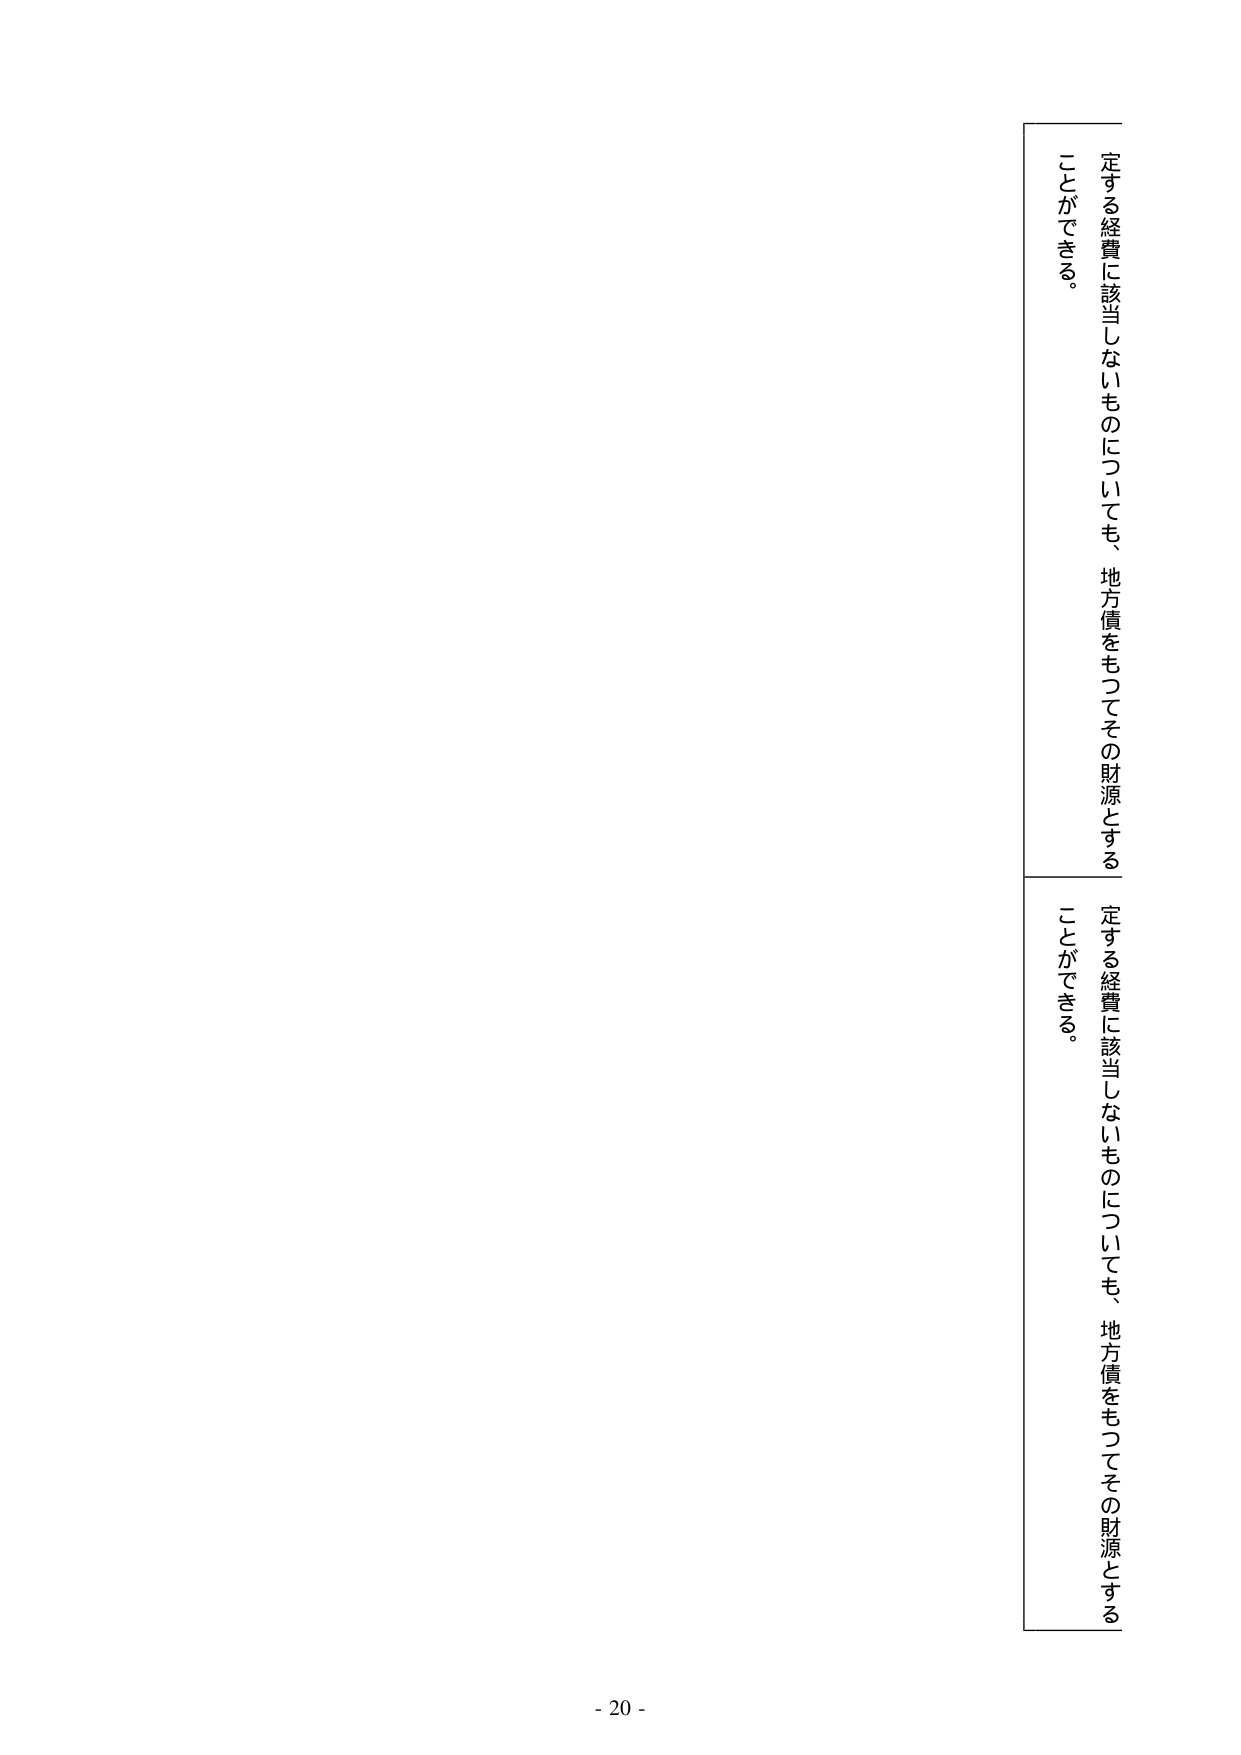
定する経費に該当しないものについても、地方債をもってその財源とする
ことができる。

定する経費に該当しないものについても、地方債をもってその財源とする
ことができる。

- 20 -